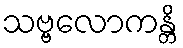
သဗ္ဗလောကန္တိ